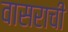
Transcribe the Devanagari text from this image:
वासराची